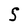
Character: S